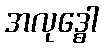
အလုဒ္ဓေါ